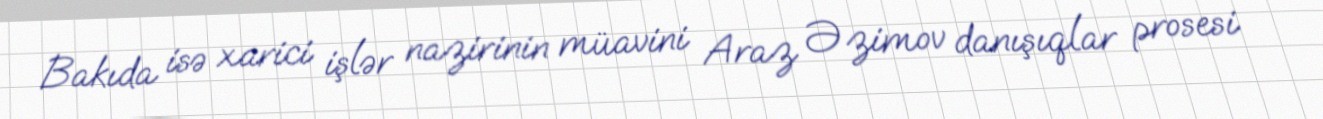
Bakıda isə xarici işlər nazirinin müavini Araz Əzimov danışıqlar prosesi